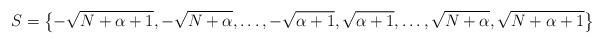
LaTeX: \begin{gather*}S=\big\{ {-}\sqrt{N+\alpha+1}, -\sqrt{N+\alpha}, \ldots, -\sqrt{\alpha+1}, \sqrt{\alpha+1}, \ldots, \sqrt{N+\alpha},\sqrt{N+\alpha+1}\big\}\end{gather*}